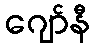
ဂျော်နီ